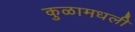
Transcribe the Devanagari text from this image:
कुळामधली